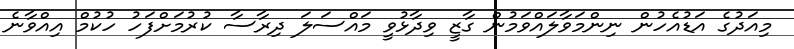
މިއަދުގެ އަޑުއެހުން ނިންމަވާލައްވަމުން ގާޒީ ވިދާޅުވީ މައްސަލަ ދިރާސާ ކުރުމަށްފަހު ހުކުމް އިއްވާނެ